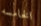
الخامسه